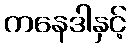
ကနေဒါနှင့်